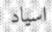
اسياد